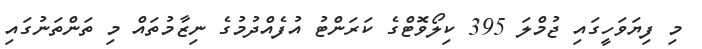
މި ފިޔަވަހީގައި ޖުމްލަ 395 ކިލޯވޮޓްގެ ކަރަންޓު އުފެއްދުމުގެ ނިޒާމުތައް މި ތަންތަނުގައި